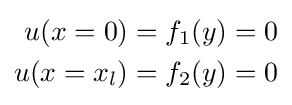
{\begin{aligned}u(x=0)&=f_{1}(y)=0\\u(x=x_{l})&=f_{2}(y)=0\end{aligned}}